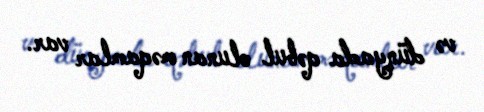
və dünyada qəbul olunan məqamlar var.